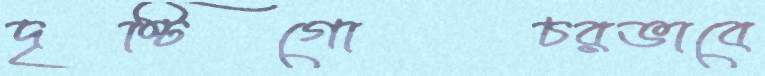
দৃষ্টিগোচরভাবে